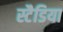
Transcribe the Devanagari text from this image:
स्टैडिया